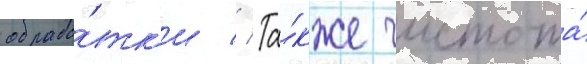
обрабо́тк'и // Та́кже чистота́